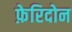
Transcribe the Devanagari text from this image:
फ़ेरिदोन